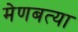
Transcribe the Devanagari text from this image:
मेणबत्या